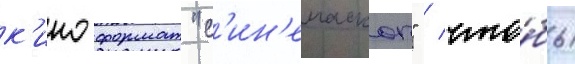
к'иноформат "с'ин'емаскоп" / что́бы